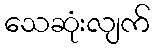
သေဆုံးလျက်